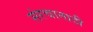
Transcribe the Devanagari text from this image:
संरचानादी